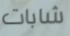
شابات